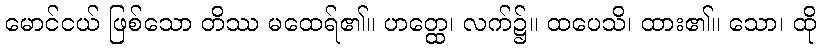
မောင်ငယ် ဖြစ်သော တိဿ မထေရ်၏။ ဟတ္ထေ၊ လက်၌။ ထပေသိ၊ ထား၏။ သော၊ ထို